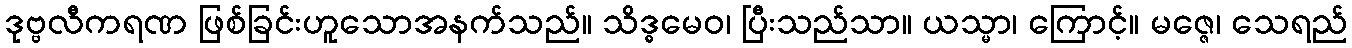
ဒုဗ္ဗလီကရဏ ဖြစ်ခြင်းဟူသောအနက်သည်။ သိဒ္ဓမေဝ၊ ပြီးသည်သာ။ ယသ္မာ၊ ကြောင့်။ မဇ္ဇေ၊ သေရည်